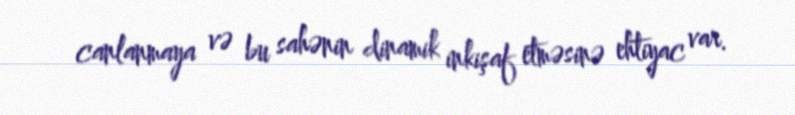
canlanmaya və bu sahənin dinamik inkişaf etməsinə ehtiyac var.